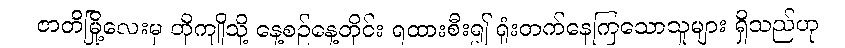
ဇာတိမြို့လေးမှ တိုကျိုသို့ နေ့စဉ်နေ့တိုင်း ရထားစီး၍ ရုံးတက်နေကြသောသူများ ရှိသည်ဟု